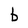
Character: b